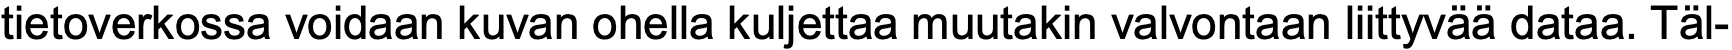
tietoverkossa voidaan kuvan ohella kuljettaa muutakin valvontaan liittyvää dataa. Täl-